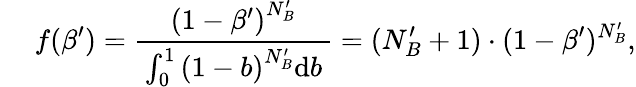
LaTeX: \quad\: f(\beta^{\prime})=\frac{\left(1-\beta^{\prime}\right)^{N_{B}^{\prime}}}{\, \int_{0}^{1}\left(1-b\right)^{N_{B}^{\prime}}\mathrm{d}b\, }=(N_{B}^{\prime}+1)\cdot(1-\beta^{\prime})^{N_{B}^{\prime}},